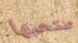
ستحبها